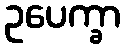
ဥပေက္ခာ